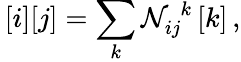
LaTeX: \, [i][j]=\sum_{k}{\cal N}_{ij}^{\, \, k}\, [k]\, ,